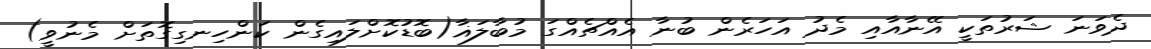
ދެވަނަ ޝަރުތަކީ އޭނާއާއި މެދު އަހަރެން ބުނާ އެއްޗެއްގަ މުބާލަޣާ(ބޮޑުކޮށްލައިގެން ކަންހިނގިގޮތަށް މެނުވީ)